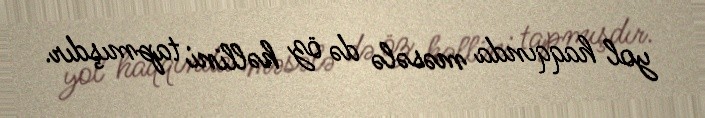
yol haqqında məsələ də öz həllini tapmışdır.